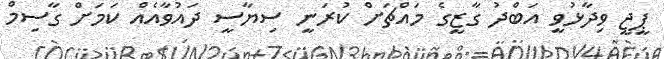
ޕީޖީ ވިދާޅުވީ އަބްދު ގާޒީގެ މައްޗަށް ކުރަނީ ސިޔާސީ ދައުވާއެއް ކަމަށް ގާސިމް